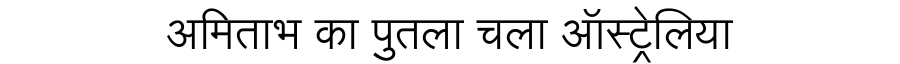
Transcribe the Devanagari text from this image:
अमिताभ का पुतला चला ऑस्ट्रेलिया